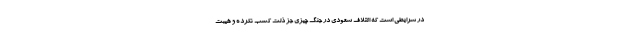
در شرایطی است که ائتلاف سعودی در جنگ چیزی جز ذلت کسب نکرده و هیبت